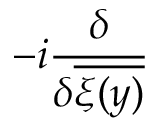
- i \frac { \delta } { \delta \overline { { { \xi ( y ) } } } }